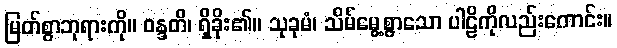
မြတ်စွာဘုရားကို။ ဝန္ဒတိ၊ ရှိခိုး၏။ သုခုမံ၊ သိမ်မွေ့စွာသော ပါဠိကိုလည်းကောင်း။